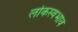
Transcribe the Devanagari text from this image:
लोकस्वभाव